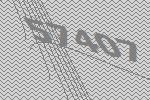
57407